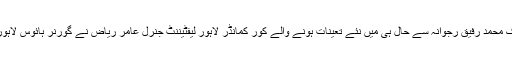
گورنر پنجاب ملک محمد رفیق رجوانہ سے حال ہی میں نئے تعینات ہونے والے کور کمانڈر لاہور لیفٹیننٹ جنرل عامر ریاض نے گورنر ہائوس لاہور میں ملاقات کی۔